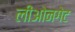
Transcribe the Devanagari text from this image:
लीओनगेट